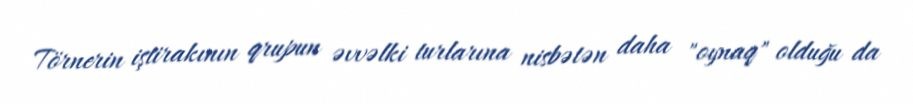
Törnerin iştirakının qrupun əvvəlki turlarına nisbətən daha "oynaq" olduğu da